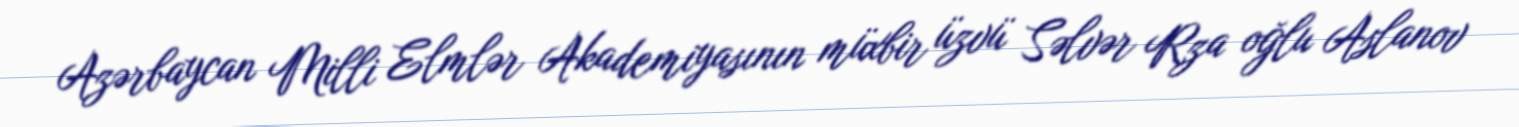
Azərbaycan Milli Elmlər Akademiyasının müxbir üzvü Səlvər Rza oğlu Aslanov